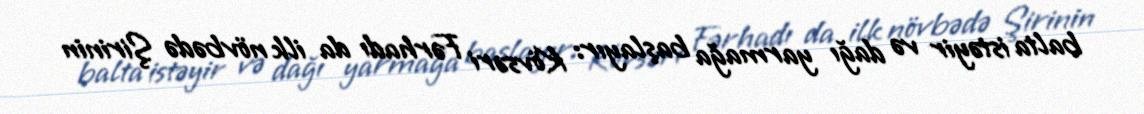
balta istəyir və dağı yarmağa başlayır: Kövsəri Fərhadı da ilk növbədə Şirinin